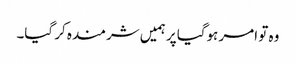
وہ تو امر ہوگیا پر ہمیں شرمندہ کر گیا۔